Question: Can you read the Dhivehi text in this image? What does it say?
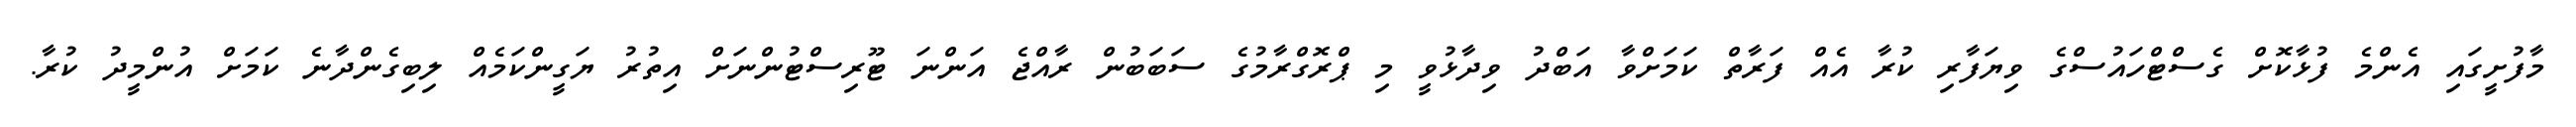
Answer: މާފުށީގައި އެންމެ ފުޅާކޮށް ގެސްޓްހައުސްގެ ވިޔަފާރި ކުރާ އެއް ފަރާތް ކަމަށްވާ އަބްދު ވިދާޅުވީ މި ޕްރޮގްރާމުގެ ސަބަބުން ރާއްޖެ އަންނަ ޓޫރިސްޓުންނަށް އިތުރު ޔަގީންކަމެއް ލިބިގެންދާނެ ކަމަށް އުންމީދު ކުރާ.